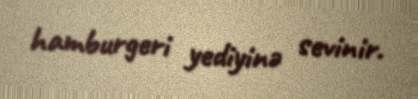
hamburgeri yediyinə sevinir.